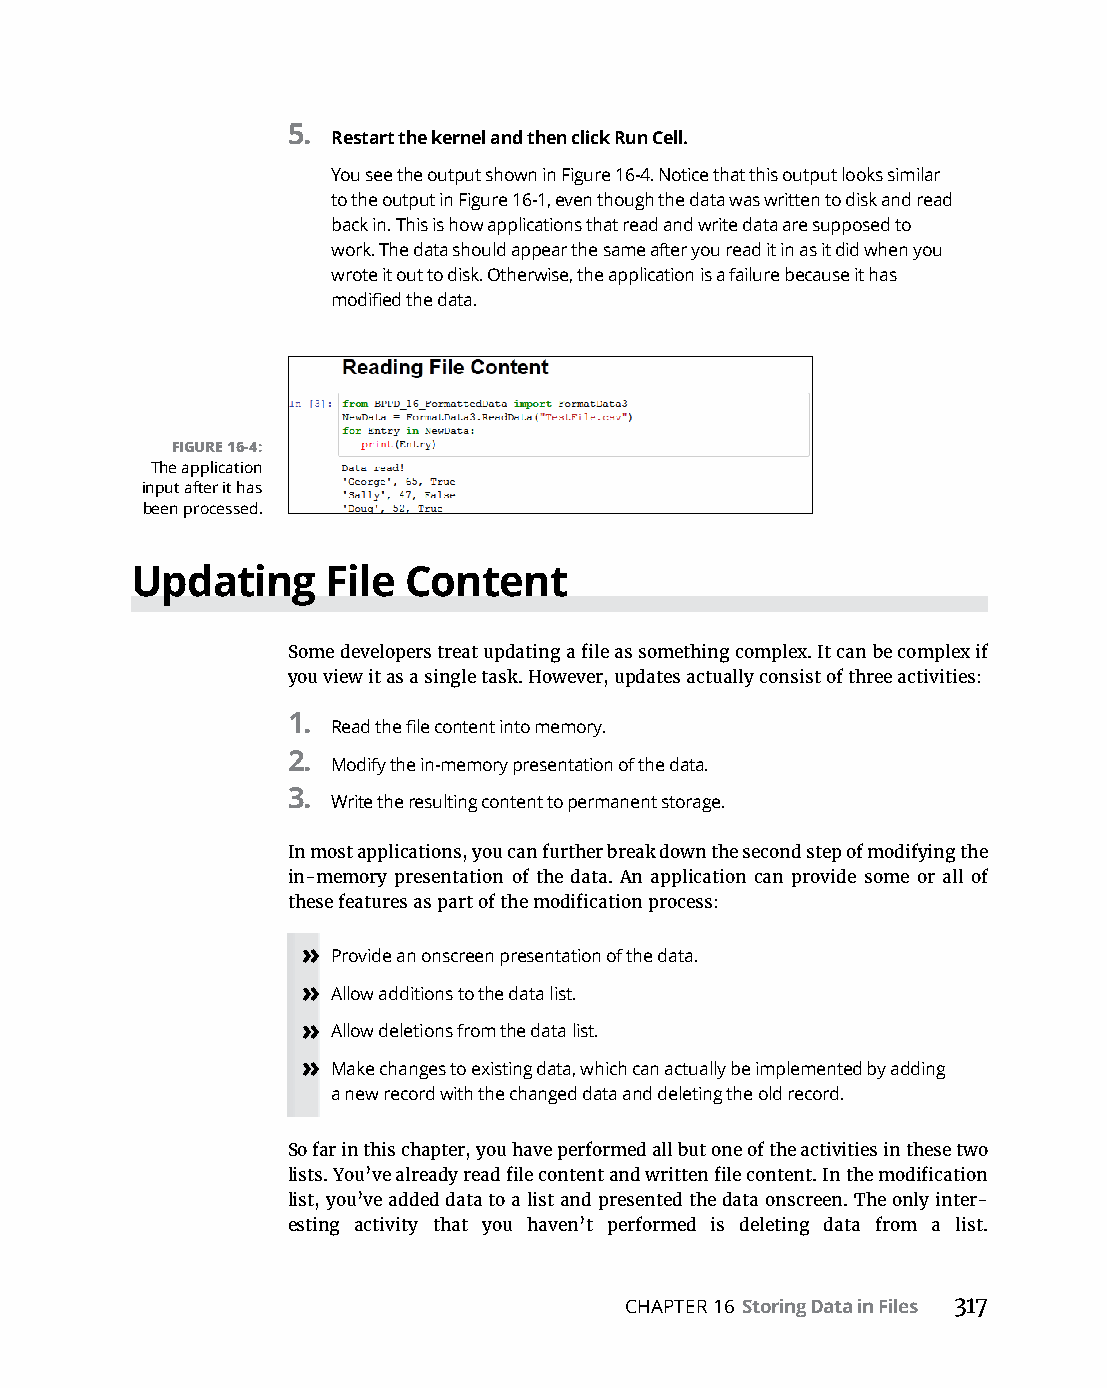
5.
 Restart the kernel and then click Run Cell.
 You see the output shown in Figure 16-4. Notice that this output looks similar
 to the output in Figure 16-1, even though the data was written to disk and read
 back in. This is how applications that read and write data are supposed to
 work. The data should appear the same after you read it in as it did when you
 wrote it out to disk. Otherwise, the application is a failure because it has
 modified the data.
 FIGURE 16-4:
 The application
 input after it has
 been processed.
 Updating     File Content
 Some developers treat updating a file as something complex. It can be complex if
 you view it as a single task. However, updates actually consist of three activities:
 1.
 Read the file content into memory.
 2.
 Modify the in-memory presentation of the data.
 3.
 Write the resulting content to permanent storage.
 In most applications, you can further break down the second step of modifying the
 in-memory presentation of the data. An application can provide some or all of
 these features as part of the modification process:
 » Provide an onscreen presentation of the data.
 » Allow additions to the data list.
 » Allow deletions from the data list.
 » Make changes to existing data, which can actually be implemented by adding
 a new record with the changed data and deleting the old record.
 So far in this chapter, you have performed all but one of the activities in these two
 lists. You’ve already read file content and written file content. In the modification
 list, you’ve added data to a list and presented the data onscreen. The only inter-
 esting activity that you haven’t performed is deleting data from a list.
 CHAPTER 16 Storing Data in Files 317